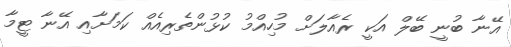
އޭނާ ބުނީ ބޭލް އަކީ ރެއާލަށް މުހިއްމު ކުޅުންތެރިއެއް ކަމަށާއި އޭނާ ޓީމާ